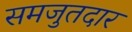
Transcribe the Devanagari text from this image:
समजुतदार